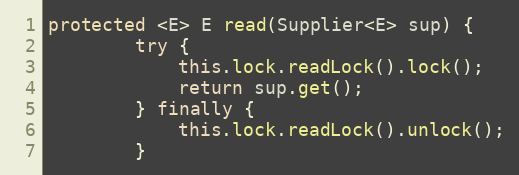
Language: Java
protected <E> E read(Supplier<E> sup) {
        try {
            this.lock.readLock().lock();
            return sup.get();
        } finally {
            this.lock.readLock().unlock();
        }